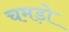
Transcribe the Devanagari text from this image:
चमड़ो